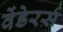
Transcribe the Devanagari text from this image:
वेंडेरर्स